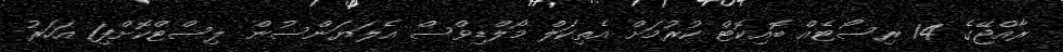
ރާއްޖޭގެ 14 ރިސޯޓެއް ބޮއިކޮޓް ކުރުމަށް އެތިކަލް މޯލްޑިވްސް އެލަޔަންސުން ލިސްޓްކޮށްފި1 އަހަރު